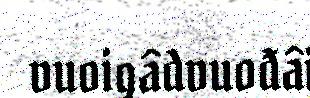
vuoigâdvuođâi